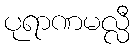
ပုရာဏမလ္လီ